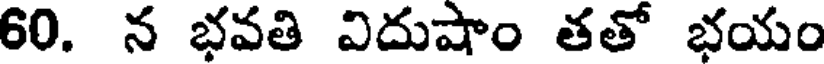
60. న భవతి విదుషాం తతో భయం